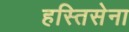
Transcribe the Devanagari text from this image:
हस्तिसेना